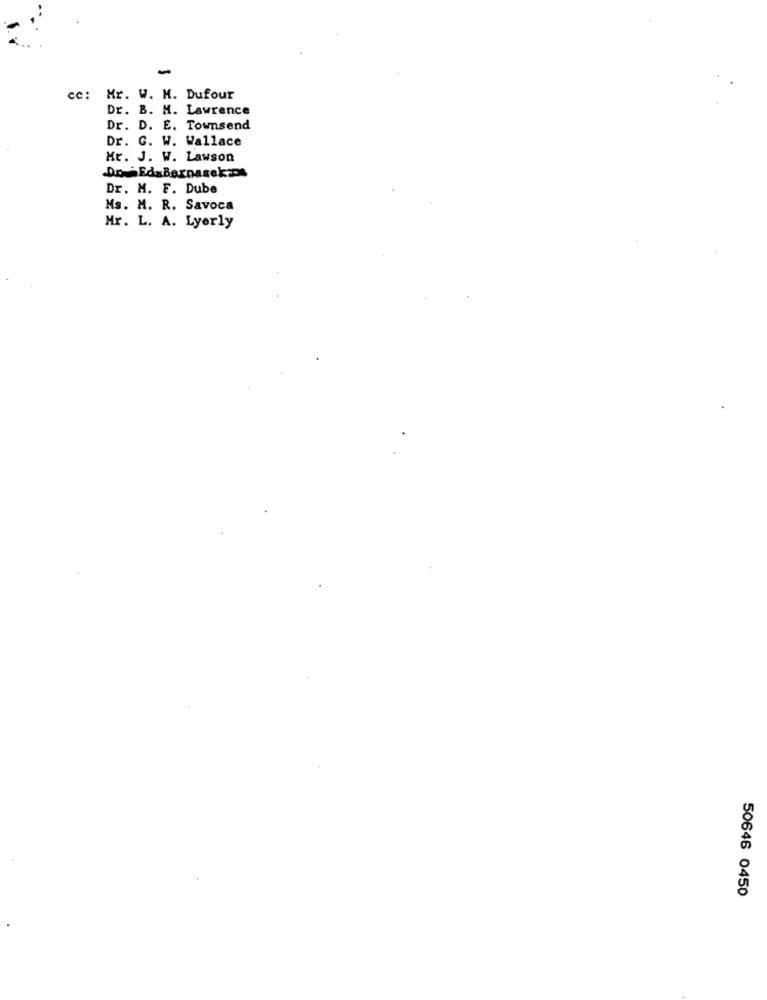
cc: Mr. W. M. Dufour
Dr. B. M. Lawrence
Dr. D. E. Townsend
Dr. G. W. Wallace
Mr. J. W. Lawson
Do. EdxBernasek2
Dr. M. F. Dube
Ms. M. R. Savoca
Mr. L. A. Lyorly
50646 0450